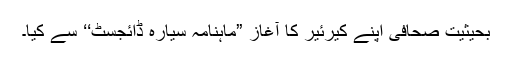
بحیثیت صحافی اپنے کیرئیر کا آغاز ”ماہنامہ سیارہ ڈائجسٹ‘‘ سے کیا۔